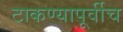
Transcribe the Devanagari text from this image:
टाकण्यापूर्वीच